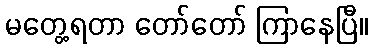
မတွေ့ရတာ တော်တော် ကြာနေပြီ။